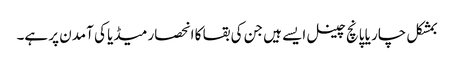
بمشکل چار یا پانچ چینل ایسے ہیں جن کی بقا کا انحصار میڈیا کی آمدن پر ہے۔